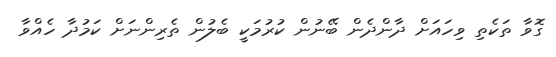
ގޮވާ ތަކެތި ވިހައަށް ދާންދެން ބޭނުން ކުރުމަކީ ބެލުން ތެރިންނަށް ކަމުދާ ހެއްވާ